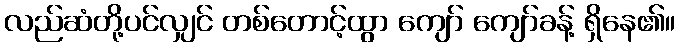
လည်ဆံတို့ပင်လျှင် တစ်တောင့်ထွာ ကျော် ကျော်ခန့် ရှိနေ၏။